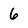
Character: 6